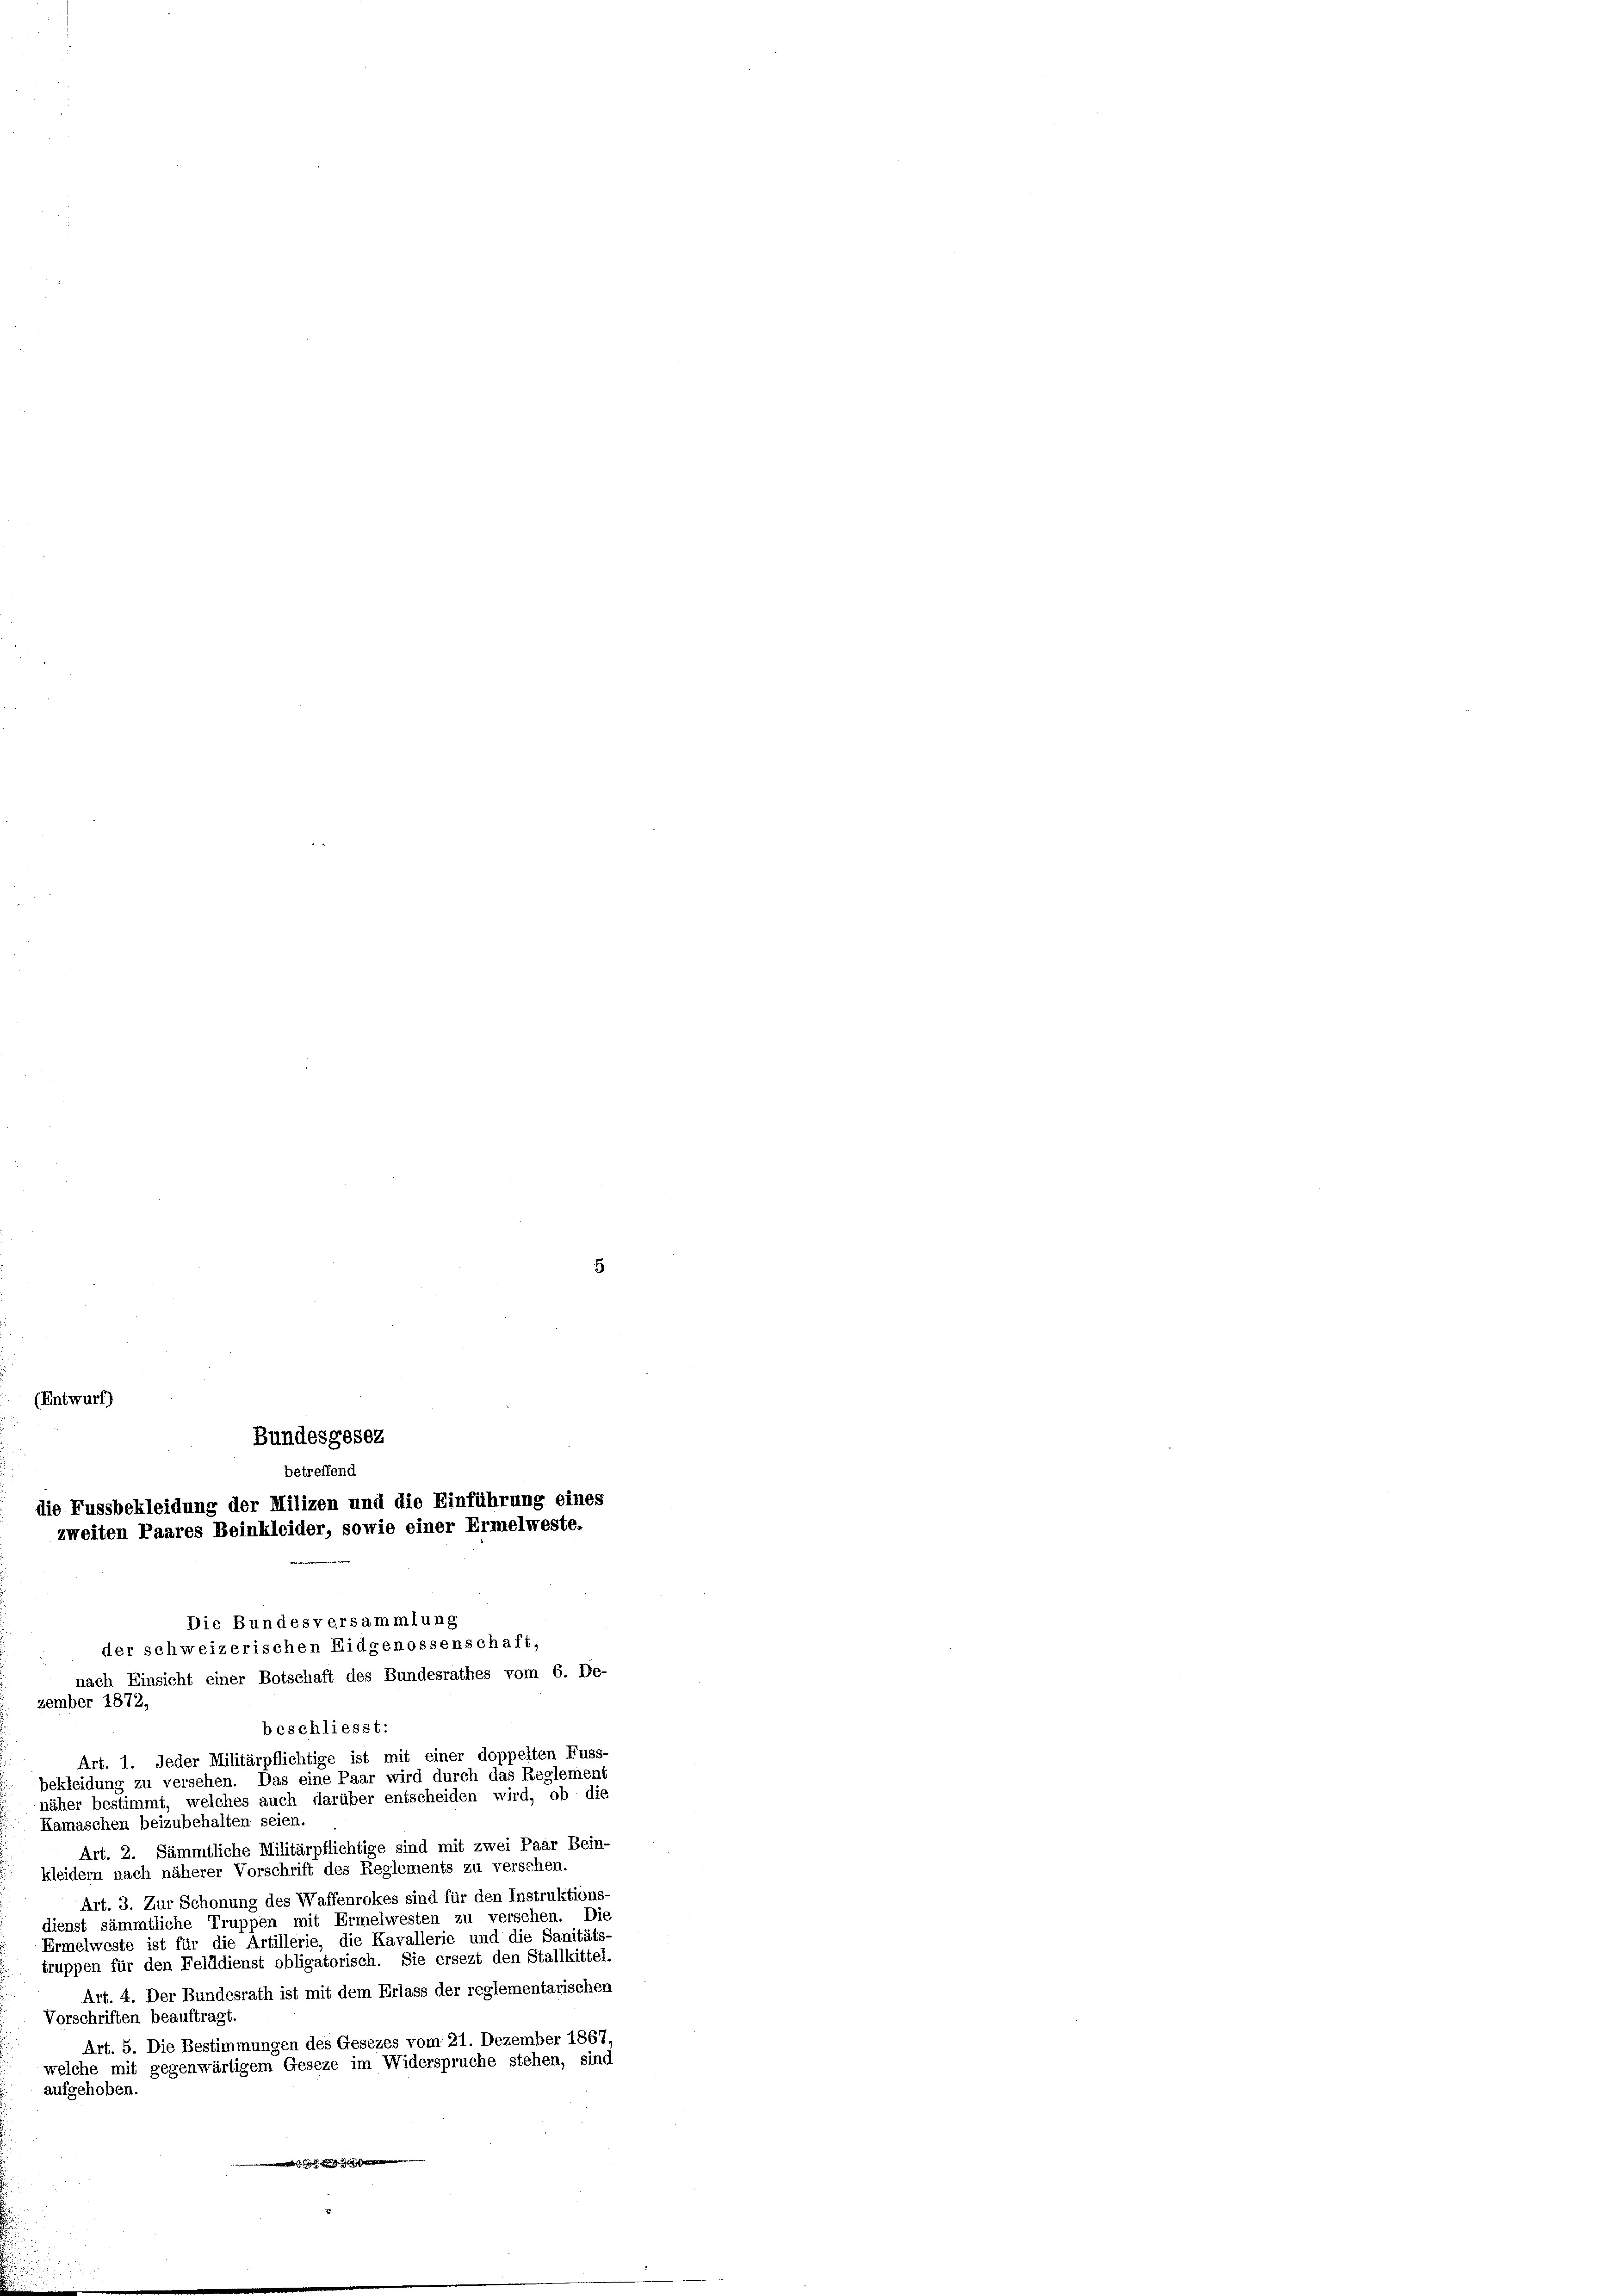
Art. 1. Jeder Militärpflichtige ist mit einer doppelten Fuss-
bekleidung zu versehen. Das eine Paar wird durch das Reglement
näher bestimmt, welches auch darüber entscheiden wird, ob die
Kamaschen beizubehalten seien.
Art. 2. Sämmtliche Militärpflichtige sind mit zwei Paar Bein-
kleidern nach näherer Vorschrift des Reglements zu versehen.
Art. 3. Zur Schonung des Waffenrokes sind für den Instruktions-
dienst sämmtliche Truppen mit Ermelwesten zu versehen. Die
Ermelweste ist für die Artillerie, die Kavallerie und die Sanitäts-
truppen für den Felddienst obligatorisch. Sie ersezt den Stallkittel
Art. 4. Der Bundesrath ist mit dem Erlass der reglementarischen
Vorschriften beauftragt.
Art. 5. Die Bestimmungen des Gesezes vom 21. Dezember 1867,
welche mit gegenwärtigem Geseze im Widerspruche stehen, sind
aufgehoben.
 ziehe

zember 1872,

Bundesgesez
betreffend
die Fussbekleidung der Milizen und die Einführung eines

zweiten Paares Beinkleider, sowie einer Ermelweste.

Die Bundesversammlung
der schweizerischen Eidgenossenschaft,
nach Einsicht einer Botschaft des Bundesrathes vom 6. De-
beschliesst: